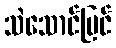
သဲသောင်ပြင်